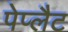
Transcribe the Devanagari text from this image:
पेप्लैट